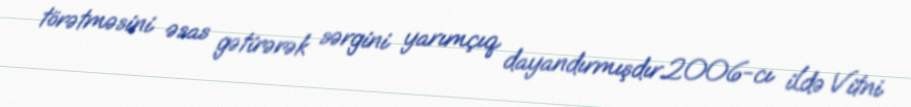
törətməsini əsas gətirərək sərgini yarımçıq dayandırmışdır.2006-cı ildə Vitni